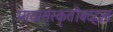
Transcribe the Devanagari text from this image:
मायासंस्कृतीबद्दल